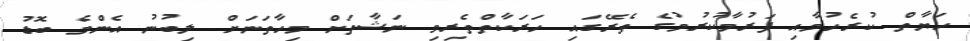
ހަޔާތް ކުރެހުމާއި ފަރުމާކުރުމުގެ ތެރޭގައި ހަރަކާތްތެރިވި ނަޝާތަށް މިހާތަނަށް ލިބުނު އެންމެ ބޮޑު